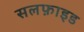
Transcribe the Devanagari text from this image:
सलफ़ाइड